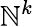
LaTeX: \mathbb{N}^{k}